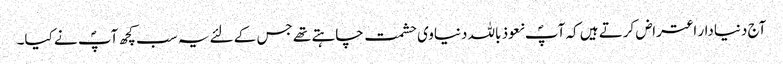
آج دنیادار اعتراض کرتے ہیں کہ آپؐ نعوذ باللہ دنیاوی حشمت چاہتے تھے جس کے لئے یہ سب کچھ آپؐ نے کیا۔